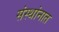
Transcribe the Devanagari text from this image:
संस्थांनात